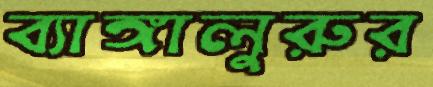
ব্যাঙ্গালুরুর